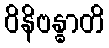
ဝိနိဗန္ဓာတိ